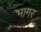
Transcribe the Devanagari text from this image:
भागर